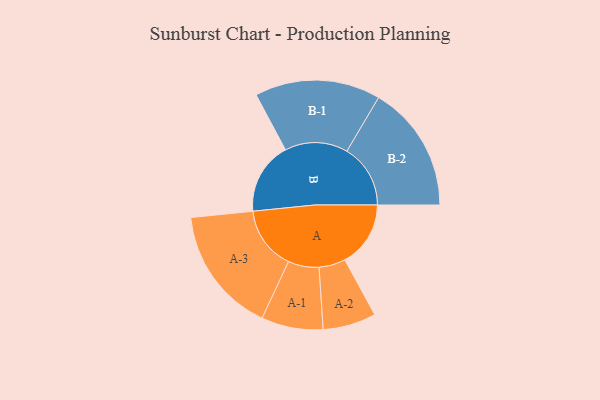
{"axis": {"x": "Segment", "y": "Value"}, "legend": ["", "A", "B"], "data": [{"x": "A", "y": 277, "type": ""}, {"x": "B", "y": 305, "type": ""}, {"x": "A-1", "y": 130, "type": "A"}, {"x": "A-2", "y": 112, "type": "A"}, {"x": "A-3", "y": 267, "type": "A"}, {"x": "B-1", "y": 265, "type": "B"}, {"x": "B-2", "y": 268, "type": "B"}]}